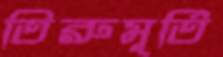
তিরুমূর্তি